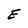
Character: E